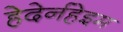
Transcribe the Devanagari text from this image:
हेदेर्नहेइम